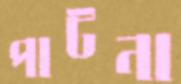
পাটনা